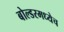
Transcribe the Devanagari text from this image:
बोल्डरमध्येच